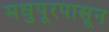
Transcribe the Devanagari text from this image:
मधुपूरपासून